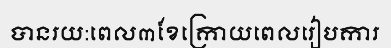
បានរយ:ពេល៣ខែក្រោយពេលរៀបការ